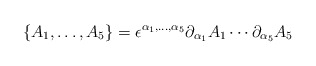
\begin{align*}\{ A_1, \dots, A_5 \} = \epsilon^{\alpha_1, \dots, \alpha_5} \partial_{\alpha_1}A_1 \cdots \partial_{\alpha_5} A_5\end{align*}